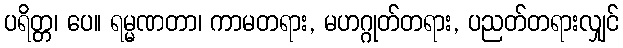
ပရိတ္တ၊ ပေ။ ရမ္မဏတာ၊ ကာမတရား, မဟဂ္ဂုတ်တရား, ပညတ်တရားလျှင်